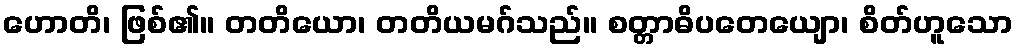
ဟောတိ၊ ဖြစ်၏။ တတိယော၊ တတိယမဂ်သည်။ စတ္တာဓိပတေယျော၊ စိတ်ဟူသော